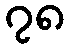
၇၈